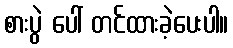
စားပွဲ ပေါ် တင်ထားခဲ့ပေးပါ။